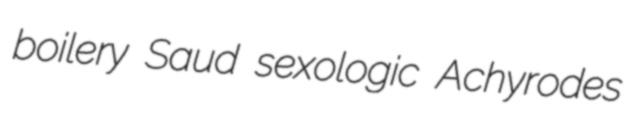
boilery Saud sexologic Achyrodes